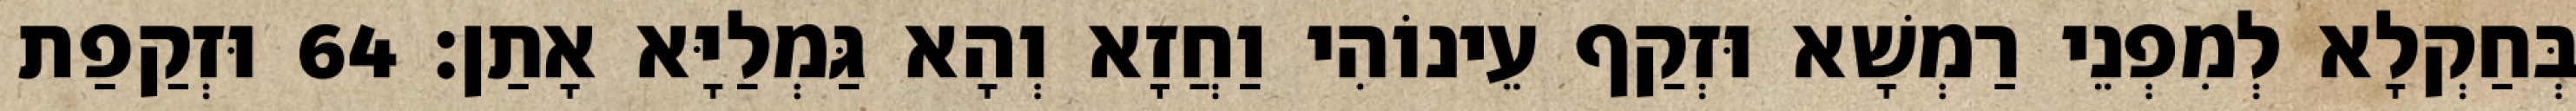
בְּחַקְלָא לְמִפְנֵי רַמְשָׁא וּזְקַף עֵינוֹהִי וַחֲזָא וְהָא גַּמְלַיָּא אָתַן׃ 64 וּזְקַפַת